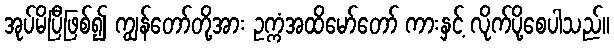
အုပ်မိပြီဖြစ်၍ ကျွန်တော်တို့အား ဥက္ကံအထိမော်တော် ကားနှင့် လိုက်ပို့စေပါသည်။